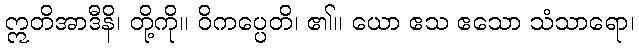
ဣတိအာဒီနိ၊ တို့ကို။ ဝိကပ္ပေတိ၊ ၏။ ယော ဧသ ဧသော သံသာရော၊